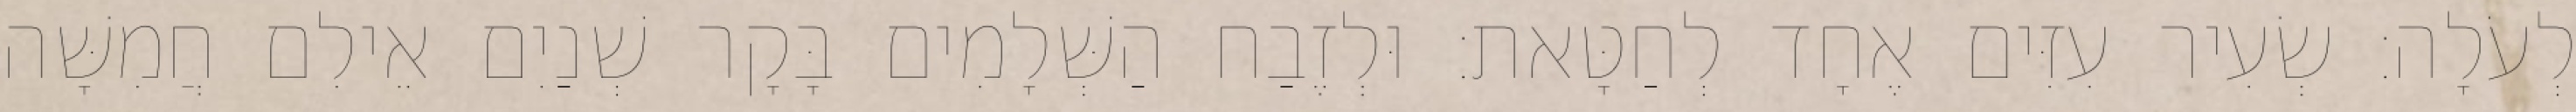
לְעֹלָה׃ שְׂעִיר עִזִּים אֶחָד לְחַטָּאת׃ וּלְזֶבַח הַשְּׁלָמִים בָּקָר שְׁנַיִם אֵילִם חֲמִשָּׁה